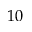
1 0